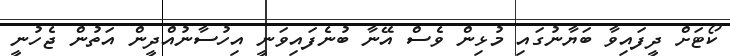
ކޯޓަށް ދީފައިވާ ބަޔާނުގައި މުޅިން ވެސް އޭނާ ބުނެފައިވަނީ އިހުސާނުއްދީން އަތުން ޖެހުނީ